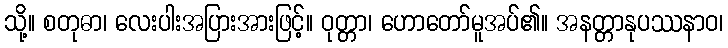
သို့။ စတုဓာ၊ လေးပါးအပြားအားဖြင့်။ ဝုတ္တာ၊ ဟောတော်မူအပ်၏။ အနတ္တာနုပဿနာဝ၊